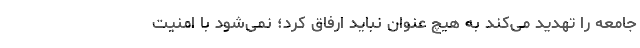
جامعه را تهدید می‌کند به هیچ عنوان نباید ارفاق کرد؛ نمی‌شود با امنیت